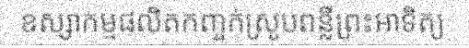
ឧស្សាកម្មផលិតកញ្ចក់ស្រូបពន្លឺព្រះអាទិត្យ